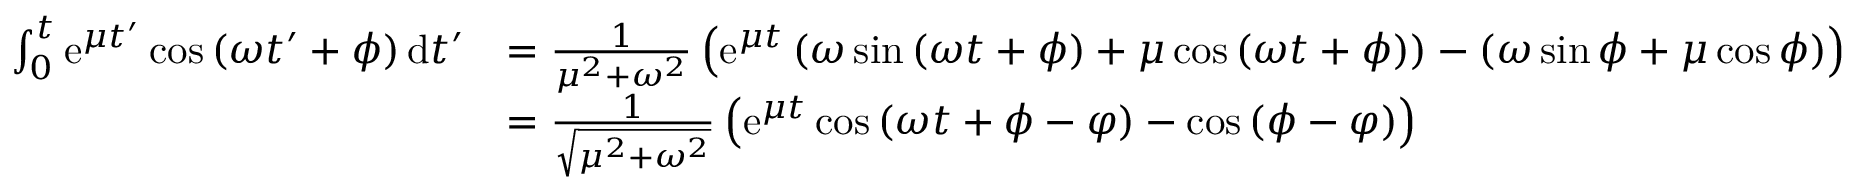
\begin{array} { r l } { \int _ { 0 } ^ { t } \mathrm { e } ^ { \mu t ^ { \prime } } \cos \left( \omega t ^ { \prime } + \phi \right) \mathrm { d } t ^ { \prime } } & { = \frac { 1 } { \mu ^ { 2 } + \omega ^ { 2 } } \left( \mathrm { e } ^ { \mu t } \left( \omega \sin \left( \omega t + \phi \right) + \mu \cos \left( \omega t + \phi \right) \right) - \left( \omega \sin \phi + \mu \cos \phi \right) \right) } \\ & { = \frac { 1 } { \sqrt { \mu ^ { 2 } + \omega ^ { 2 } } } \left( \mathrm { e } ^ { \mu t } \cos \left( \omega t + \phi - \varphi \right) - \cos \left( \phi - \varphi \right) \right) } \end{array}